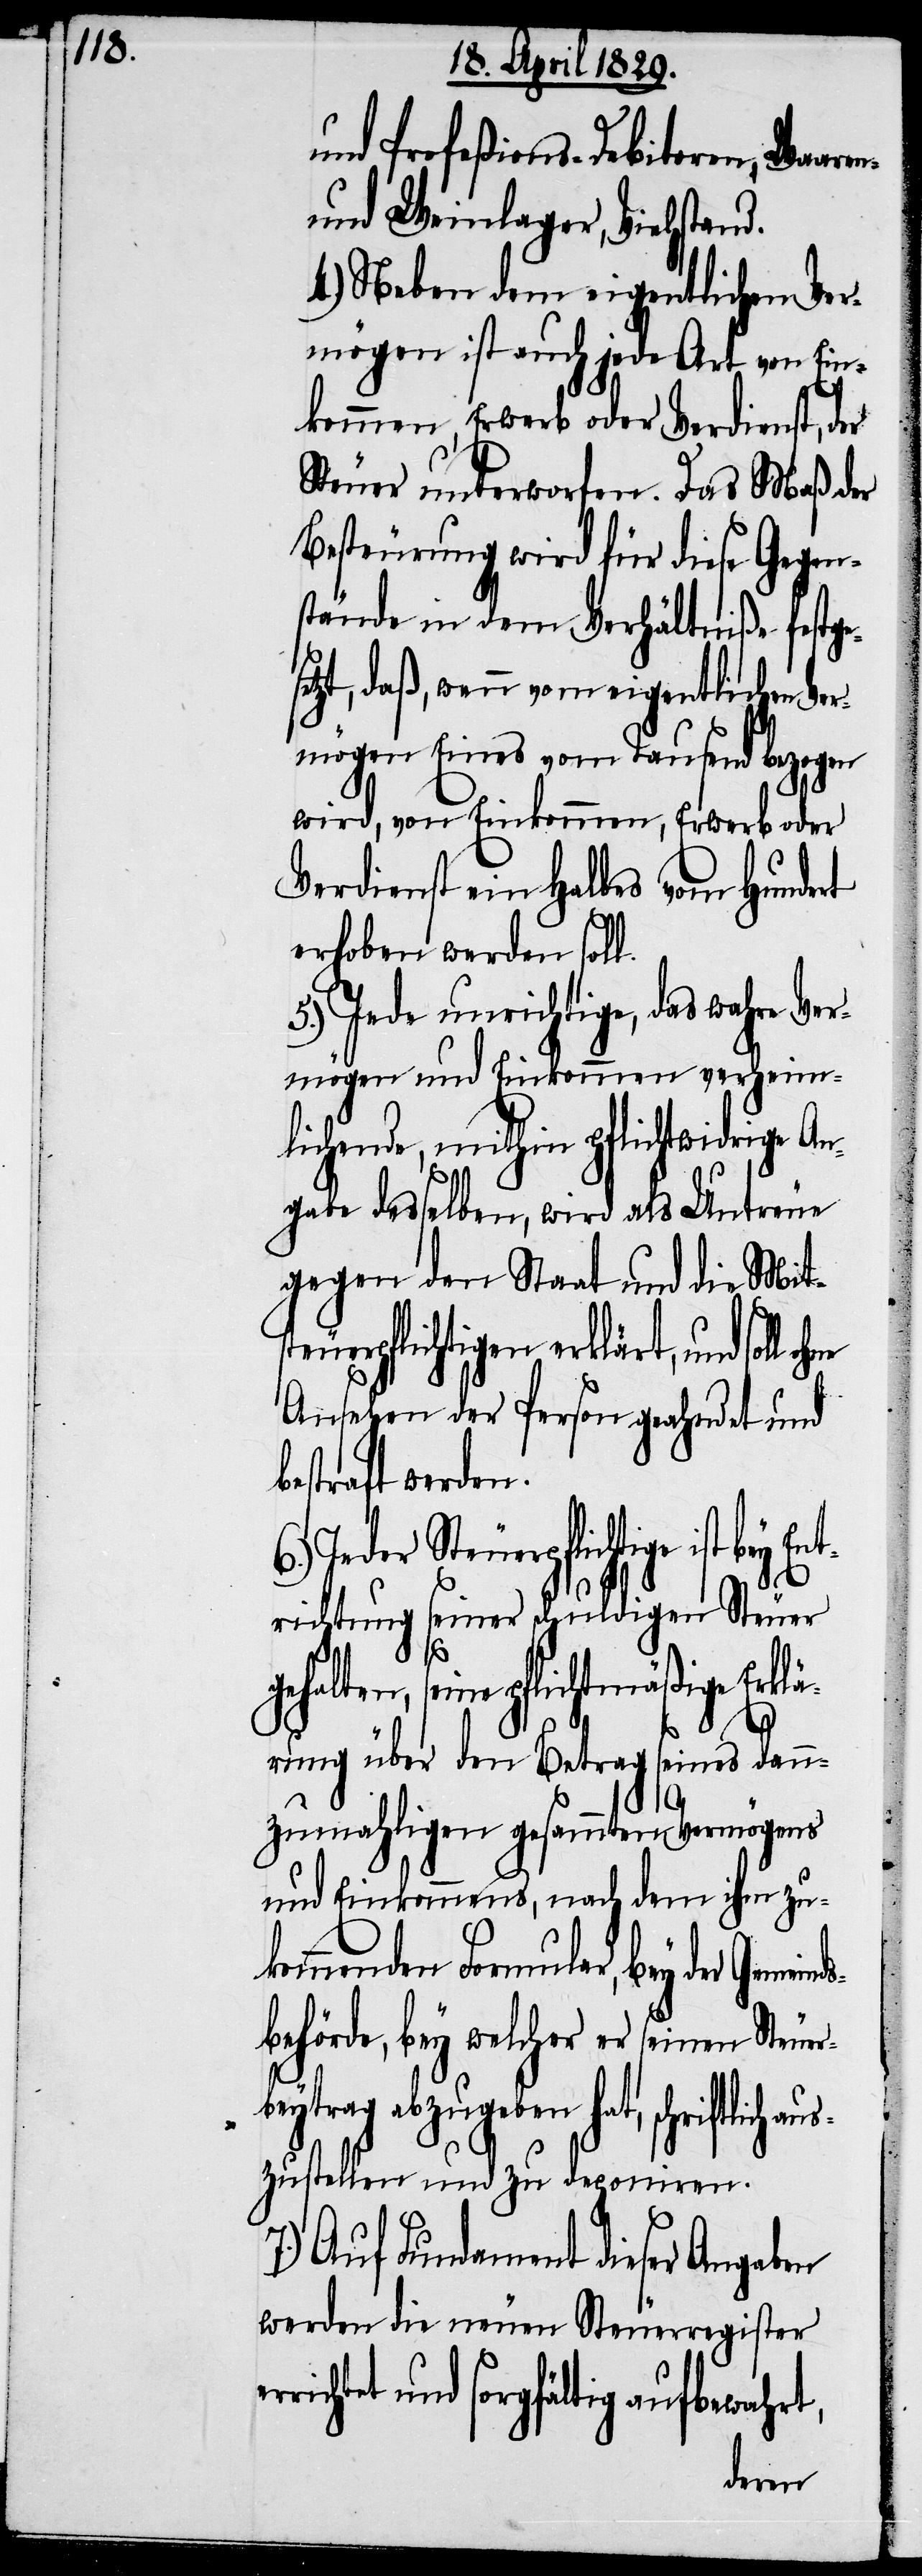
und Profeßions-Debitoren, Waar¬
und Weinlager, Viehstand.
4.) Neben dem eigentlichen Ver¬
mögen ist auch jede Art von Ein¬
kommen, Erwerb oder Verdienst, der
Steuer unterworfen. Das Maß der
Besteurung wird für diese Gegen¬
stände in dem Verhältniße festge¬
etzt, daß, wenn vom eigentlichen Ve¬
rmögen Eines vom Tausend bezogen
wird, von Einkommen, Erwerb oder
Verdienst ein halbes vom Hundert
erhoben werden soll.
5.) Jede unrichtige, das wahre Ver¬
mögen und Einkommen verheim¬
lichende, mithin pflichtwidrige An¬
gabe desselben, wird als Untreue
gegen den Staats und die Mitst¬
euerpflichtigen erklärt, und
Ansehen der Person geahndet und
bestraft werden.
Jeder Steuerpflichtige ist
richtung seiner schuldigen Steuer
seine pflichtmäßige Erklä¬
rung über den Betrag seines dan¬
nds¬
nzumahligen gesammten Vermögens
und Einkommens, nach dem ihm zuk¬
ommenden Formular, bey der Gemei¬
behörde, bey welcher er seinen Steuer¬
beytrag abzugeben hat, schriftlich a¬
uszustellen und zu deponiren.
7.) Auf Fundament dieser Angaben
werden die neuen Steuerregister
richtet und sorgfältig aufbewahrt,
er¬